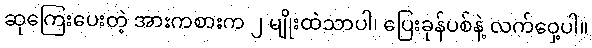
ဆုကြေးပေးတဲ့ အားကစားက ၂ မျိုးထဲသာပါ၊ ပြေးခုန်ပစ်နဲ့ လက်ဝှေ့ပါ။